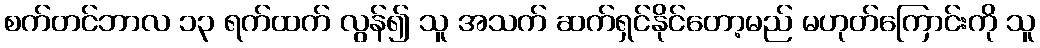
စက်တင်ဘာလ ၁၃ ရက်ထက် လွန်၍ သူ အသက် ဆက်ရှင်နိုင်တော့မည် မဟုတ်ကြောင်းကို သူ